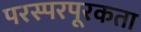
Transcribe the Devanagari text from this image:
परस्परपूरकता